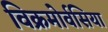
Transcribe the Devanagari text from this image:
विक्रमोर्वसिया